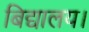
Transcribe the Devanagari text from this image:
बिद्यालय।